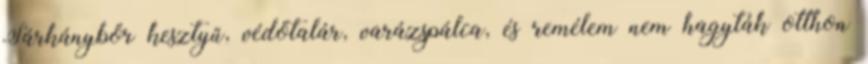
Sárkánybőr kesztyű, védőtalár, varázspálca, és remélem nem hagyták otthon